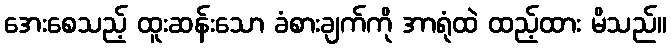
အေးစေသည့် ထူးဆန်းသော ခံစားချက်ကို အာရုံထဲ ထည့်ထား မိသည်။